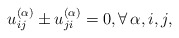
\begin{align*} u_{ij}^{(\alpha)} \pm u_{ji}^{(\alpha)}=0, \forall \, \alpha, i,j,\end{align*}